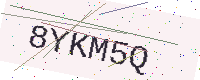
Text: 8YKM5Q